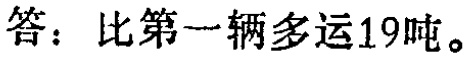
答：比第一辆多运19吨。